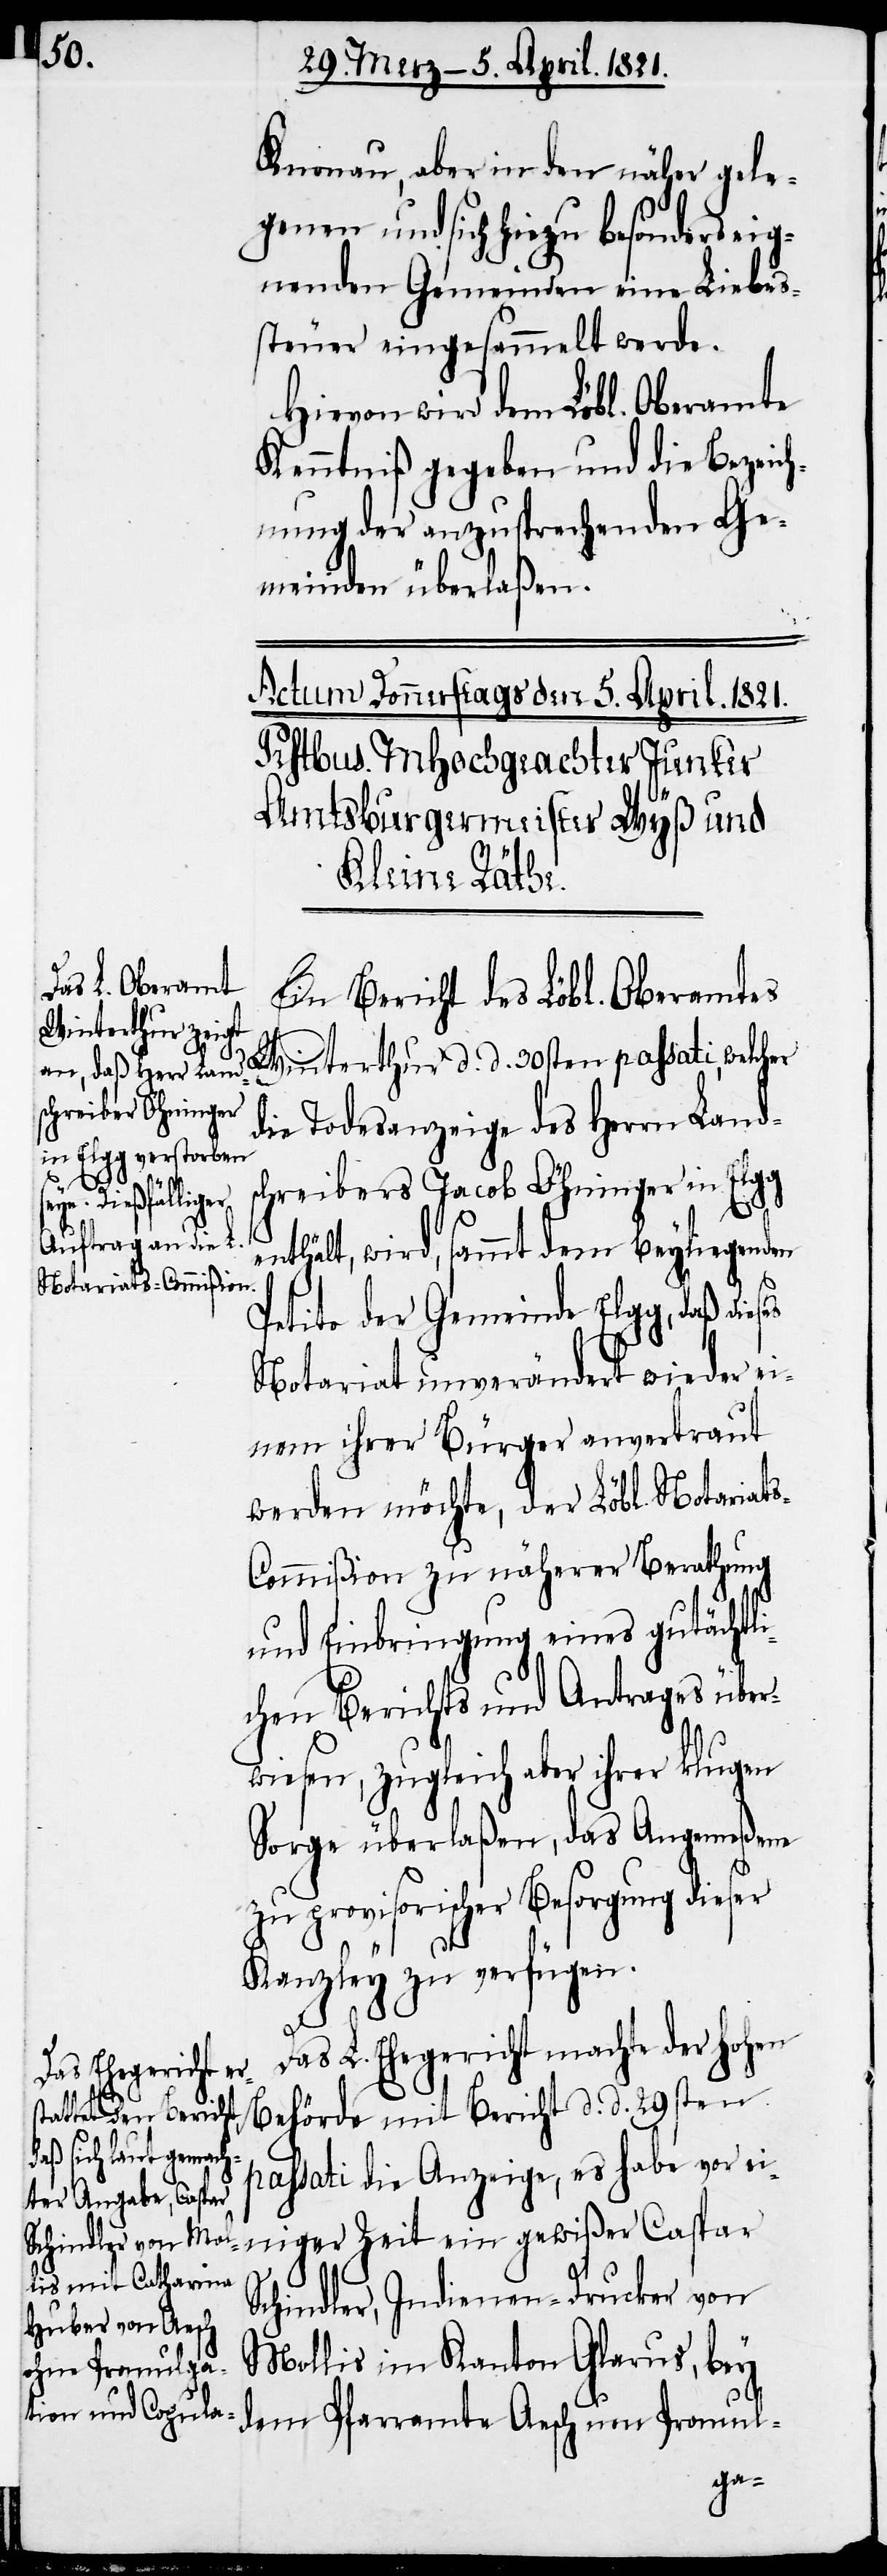
Knonau, aber in den näher gele¬
genen und sich hiezu besonders eig¬
nenden Gemeinden eine Liebes¬
steuer eingesammelt werde.
Hievon wird dem Löbl. Oberamte
Kenntniß gegeben und die Bezeich¬
nung der anzusprechenden Ge¬
meinden überlaßen.
Ein Bericht des Löbl. Oberamtes
Winterthur d.
die Todesanzeige des Herrn Lands¬
ses
chreibers Jacob Öhninger in Elgg
sati, welcher
enthält, wird, sammt dem beyliegenden
Petito der Gemeinde Elgg, daß die¬
Notariat unverändert wieder ei¬
nem ihrer Bürger anvertraut
werden möchte, der Löbl. Notariat¬
s-Commißion zu näherer Berathung
und Einbringung eines gutächtli¬
chen Berichts und Antrages über¬
wiesen, zugleich aber ihrer klugen
Sorge überlaßen, das Angemeßene
zu provisorischer Besorgung dieser
Kanzley zu verfügen.
Das L. Ehegericht machte der hohen
pas¬
Behörde mit Bericht d. d. 29sten
passati die Anzeige, es habe vor ei¬
niger Zeit ein gewißer Caspar
Schindler, Indienen-Drucker von
Mollis im Kanton Glarus, bey
dem Pfarramte Aesch um Promul-